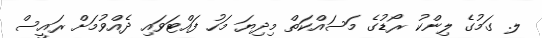
ލ. ގަމުގެ ލިންކު ރޯޑުގެ މަސައްކަތް މިދިޔަ މަހު ފައްޓަވައި ދެއްވުމަށް ރައީސް